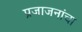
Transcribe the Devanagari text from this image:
प्रजाजनांचा